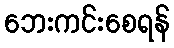
ဘေးကင်းစေရန်